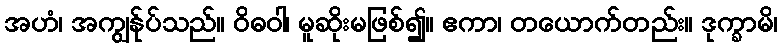
အဟံ၊ အကျွန်ုပ်သည်။ ဝိဓဝါ၊ မူဆိုးမဖြစ်၍။ ဧကာ၊ တယောက်တည်း။ ဒုက္ခာမိ၊